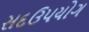
સદઉપયોગ